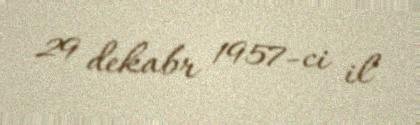
29 dekabr 1957-ci il